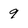
Character: 9